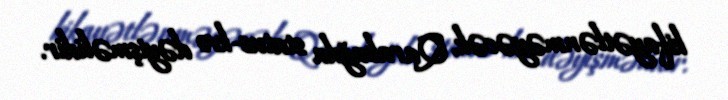
kifayətlənməyəcək, Qarabağda status-kvo dəyişməlidir.